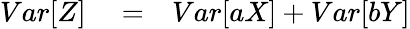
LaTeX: \begin{array}{rlr}{Var[Z]}&{{}=}&{Var[aX]+Var[bY]}\end{array}